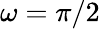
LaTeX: \omega=\pi/2